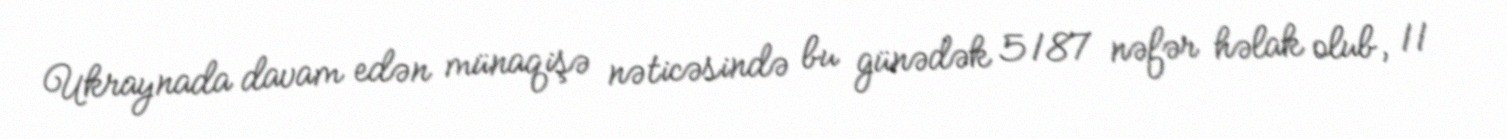
Ukraynada davam edən münaqişə nəticəsində bu günədək 5187 nəfər həlak olub, 11